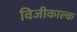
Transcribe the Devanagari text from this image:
विजीकाल्क